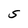
Character: S